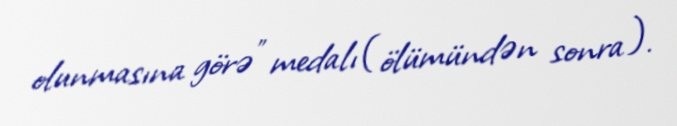
olunmasına görə" medalı (ölümündən sonra).